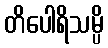
တိပေါရိသမ္ပိ